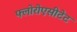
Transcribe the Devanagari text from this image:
फ्लोरोएसीटेट